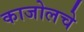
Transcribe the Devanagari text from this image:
काजोलचे